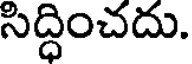
సిద్ధించదు.